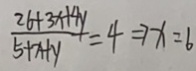
\frac { 2 6 + 3 x + 4 y } { 5 + x + y } = 4 \Rightarrow x = 6